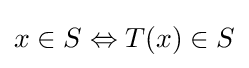
x\in S\Leftrightarrow T(x)\in S